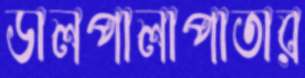
ডালপালাপাতার